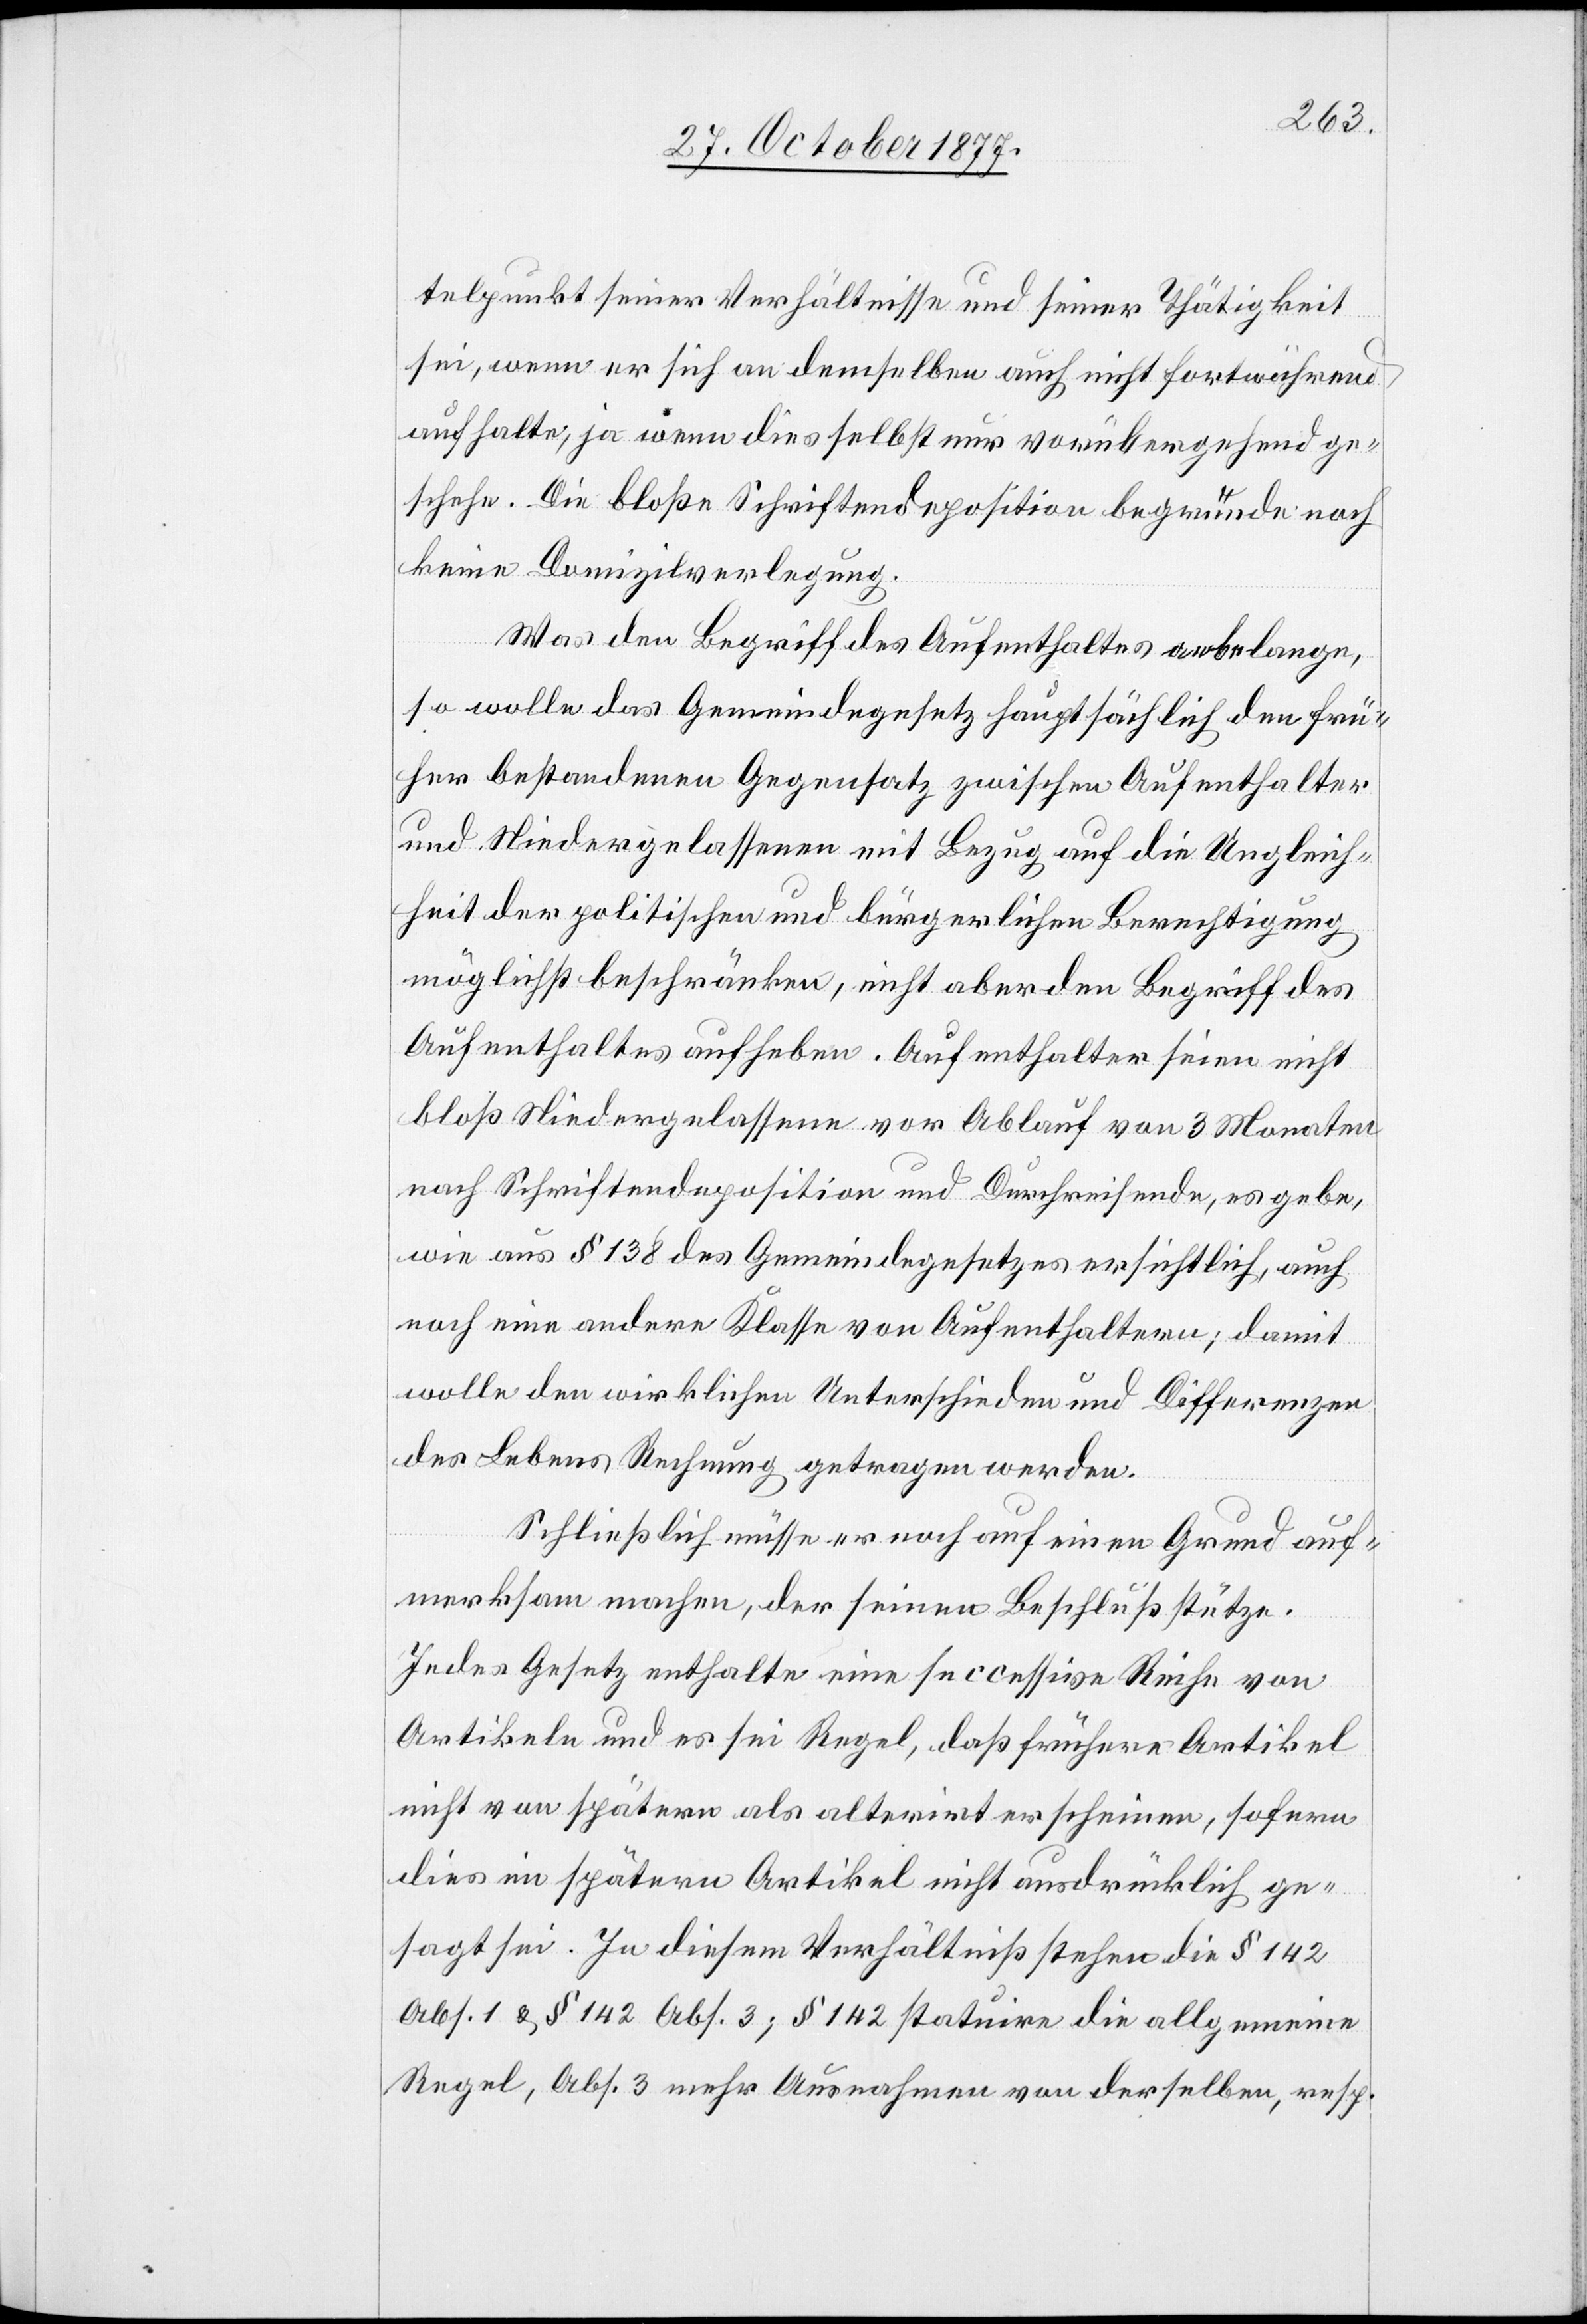
telpunkt seiner Verhältnisse und seiner Thätigkeit
sei, wenn er sich an demselben auch nicht fortwährend
aufhalte, ja wenn dies selbst nur vorübergehend ge¬
schehe. Die bloße Schriftendeposition begründe noch
keine Domizilverlegung.
Was den Begriff des Aufenthaltes anbelange,
so wolle das Gemeindegesetz hauptsächlich den frü¬
her bestandenen Gegensatz zwischen Aufenthalter
und Niedergelassenen mit Bezug auf die Ungleich¬
heit der politischen und bürgerlichen Berechtigung
möglichst beschränken, nicht aber den Begriff des
Aufenthaltes aufheben. Aufenthalter seien nicht
bloß Niedergelassene vor Ablauf von 3 Monaten
nach Schriftendeposition und Durchreisende, es gebe,
wie aus § 138 des Gemeindegesetzes ersichtlich, auch
noch eine andere Klasse von Aufenthaltern; damit
wolle den wirklichen Unterschieden und Differenzen
des Lebens Rechnung getragen werden.
Schließlich müsse er noch auf einen Grund auf¬
merksam machen, der seinen Beschluß stütze.
Jedes Gesetz enthalte eine successive Reihe von
Artikeln und es sei Regel, daß frühere Artikel
nicht von spätern als alterirt erscheinen, sofern
dies im spätern Artikel nicht ausdrücklich ge¬
sagt sei. In diesem Verhältniß stehen die § 142
Abs. 1 & § 142 Abs. 3; § 142 statuire die allgemeine
Regel, Abs. 3 mehr Ausnahmen von derselben, resp.